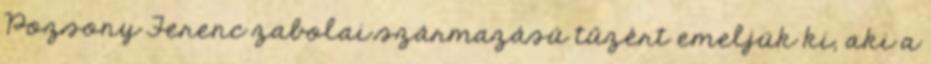
Pozsony Ferenc zabolai származású tűzért emeljük ki, aki a